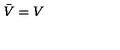
\bar { V } = V